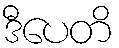
ဒီပေတိ